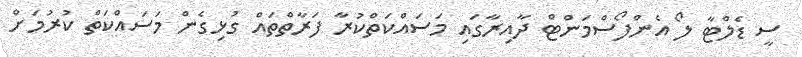
ސީ ޑެލްޓާ ލޯ އެންފޯސްމަންޓް ދާއިރާގައި މަސައްކަތްކުރާ ފަރާތްތައް ގުޅިގެން މަސައްކަތް ކުރުމަށް